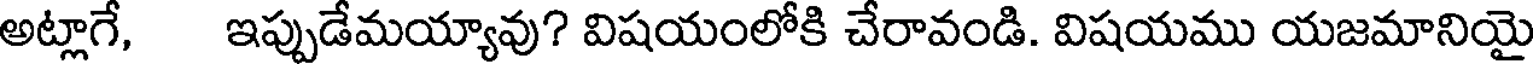
అట్లాగే, ఇప్పుడేమయ్యావు? విషయంలోకి చేరావండి. విషయము యజమానియై